Report of the King Institute of Preventive Medicine, Guindy
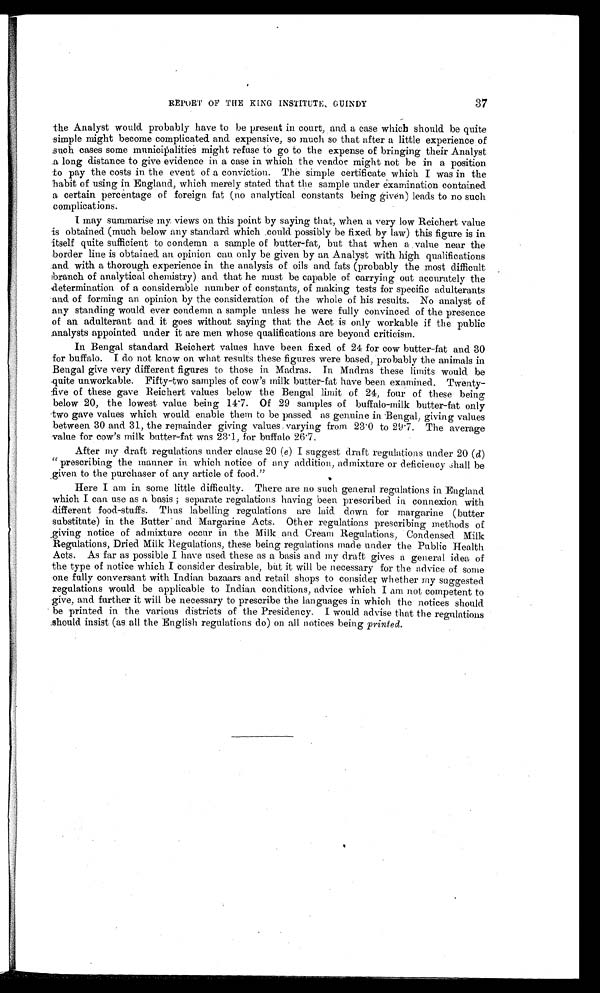
37
REPORT OF THE KING INSTITUTE, GUINDY
the Analyst would probably have to be present in court, and a case which should be quite
simple might become complicated and. expensive, so much so that after a little experience of
such cases some municipalities might refuse to go to the expense of bringing their Analyst
a long distance to give evidence in a case in which the vendor might not be in a position
to pay the costs in the event of a conviction. The simple certificate which. I was in the
habit of using in England, which merely stated that the sample under examination contained
a certain percentage of foreign fat (no analytical constants being given) leads to no such.
complications.
I may summarise my views on this point by saying that, when a very low Reichert value
is obtained (much below any standard which could possibly be fixed by law) this figure is in
itself quite sufficient to condemn a sample of butter-fat, but that when a value near the
border line is obtained an opinion can only be given by an Analyst with high qualifications
and with a thorough experience in the analysis of oils and fats (probably the most difficult
branch of analytical chemistry) and that he must be capable of carrying out accurately the
determination of a considerable number of constants, of making tests for specific adulterants
and of forming an opinion by the consideration. of the whole of his results. No analyst of
any standing would ever condemn. a sample unless he were fully convinced of the presence
of an adulterant and it goes without saying that the Act is only workable if the public
analysts appointed under it are men whose qualifications are beyond criticism.
In Bengal standard Reichert values have been. fixed of 24 for cow butter-fat and 30
for buffalo. I do not know on what results these figures were based, probably the animals in
Bengal give very different figures to those in Madras. In Madras these limits would be
quite unworkable. Fifty-two samples of cow's milk butter-fat have been examined. Twenty
-five of these gave Reichert values below the Bengal limit of 24, four of these being
below 20, the lowest value being 14.7. Of 29 samples of buffalo-milk butter-fat only
two gave values which would enable them to be passed as genuine in Bengal, giving values
between 30 and 31, the remainder giving values . varying from 23.0 to 29.7. The average
value for cow's milk butter-fat was 23.1, for buffalo 26.7.
After my draft regulations under clause 20 (e) I suggest draft regulations under 20 (d)
"prescribing the manner in which. notice of any addition, admixture or deficiency Shall be
given to the purchaser of any article of food."
Here I am in some little difficulty. There are no such general regulations in England
which I can use as a basis; separate regulations having been prescribed in connexion with
different food-stuffs. Thus labelling regulations are laid down for margarine (butter
substitute) in the Butter and Margarine Acts. Other regulations prescribing methods of
giving notice of admixture occur in the Milk and Cream Regulations, Condensed Milk
Regulations, Dried Milk Regulations, these being regulations made under the Public Health.
Acts. As far as possible I have used these as a basis and my draft gives a general idea of
the type of notice which. I consider desirable, but it will be necessary for the advice of some
one fully conversant with Indian bazaars and retail shops to consider whether my suggested
regulations would be applicable to Indian conditions, advice which I am not competent to
give, and further it will be necessary to prescribe the languages in which the notices should
be printed in the various districts of the Presidency. I would advise that the regulations
should insist (as all the English regulations do) on all notices being printed .